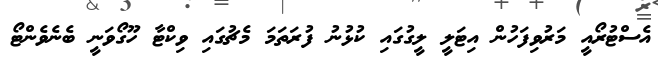
އެސްޓުރޯއީ މަރުވިފަހުން އިޓަލީ ލީގުގައި ކުޅުނު ފުރަތަމަ މެޗުގައި ވިކްޓާ ހޫގޯވަނީ ބެނެވެންޓޯ